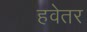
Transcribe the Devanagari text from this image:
हवेतर